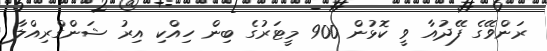
ރަންވޭގެ ފޭދުއާ ވީ ކޮޅުން 900 މީޓަރުގެ ބިން ހިއްކި އިރު ޝަންގްރިއްލާ